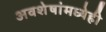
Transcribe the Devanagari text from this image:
अवशेषांमध्येही